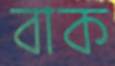
বাক